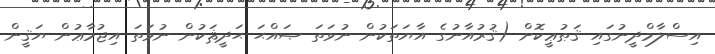
އިސްލާމްދީނުގައި ޤަޠުޢީކޮށް (ޤުރުއާނުގެ އާޔަތަކުން ނުވަތަ ޞައްޙަ ޙަދީޘަކުން ނުވަތަ އިޖުމާޢުން ޔަޤީން